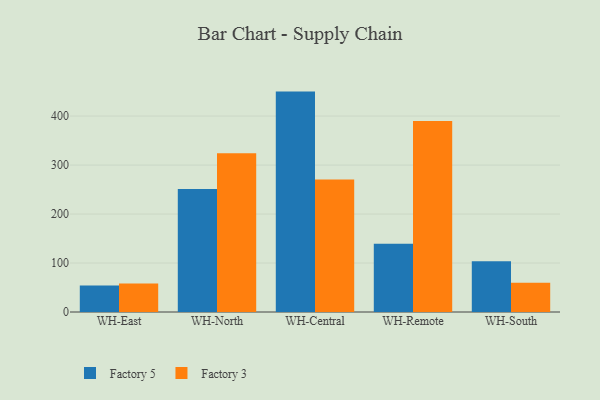
{"axis": {"x": "Warehouse", "y": "Customer Acquisition Cost (USD)"}, "legend": ["Factory 3", "Factory 5"], "data": [{"x": "WH-East", "y": 54.1, "type": "Factory 5"}, {"x": "WH-East", "y": 58.4, "type": "Factory 3"}, {"x": "WH-North", "y": 250.9, "type": "Factory 5"}, {"x": "WH-North", "y": 324.3, "type": "Factory 3"}, {"x": "WH-Central", "y": 450.0, "type": "Factory 5"}, {"x": "WH-Central", "y": 270.5, "type": "Factory 3"}, {"x": "WH-Remote", "y": 139.2, "type": "Factory 5"}, {"x": "WH-Remote", "y": 389.8, "type": "Factory 3"}, {"x": "WH-South", "y": 103.8, "type": "Factory 5"}, {"x": "WH-South", "y": 59.5, "type": "Factory 3"}]}